Tartu_linnavalitsus, lk 15
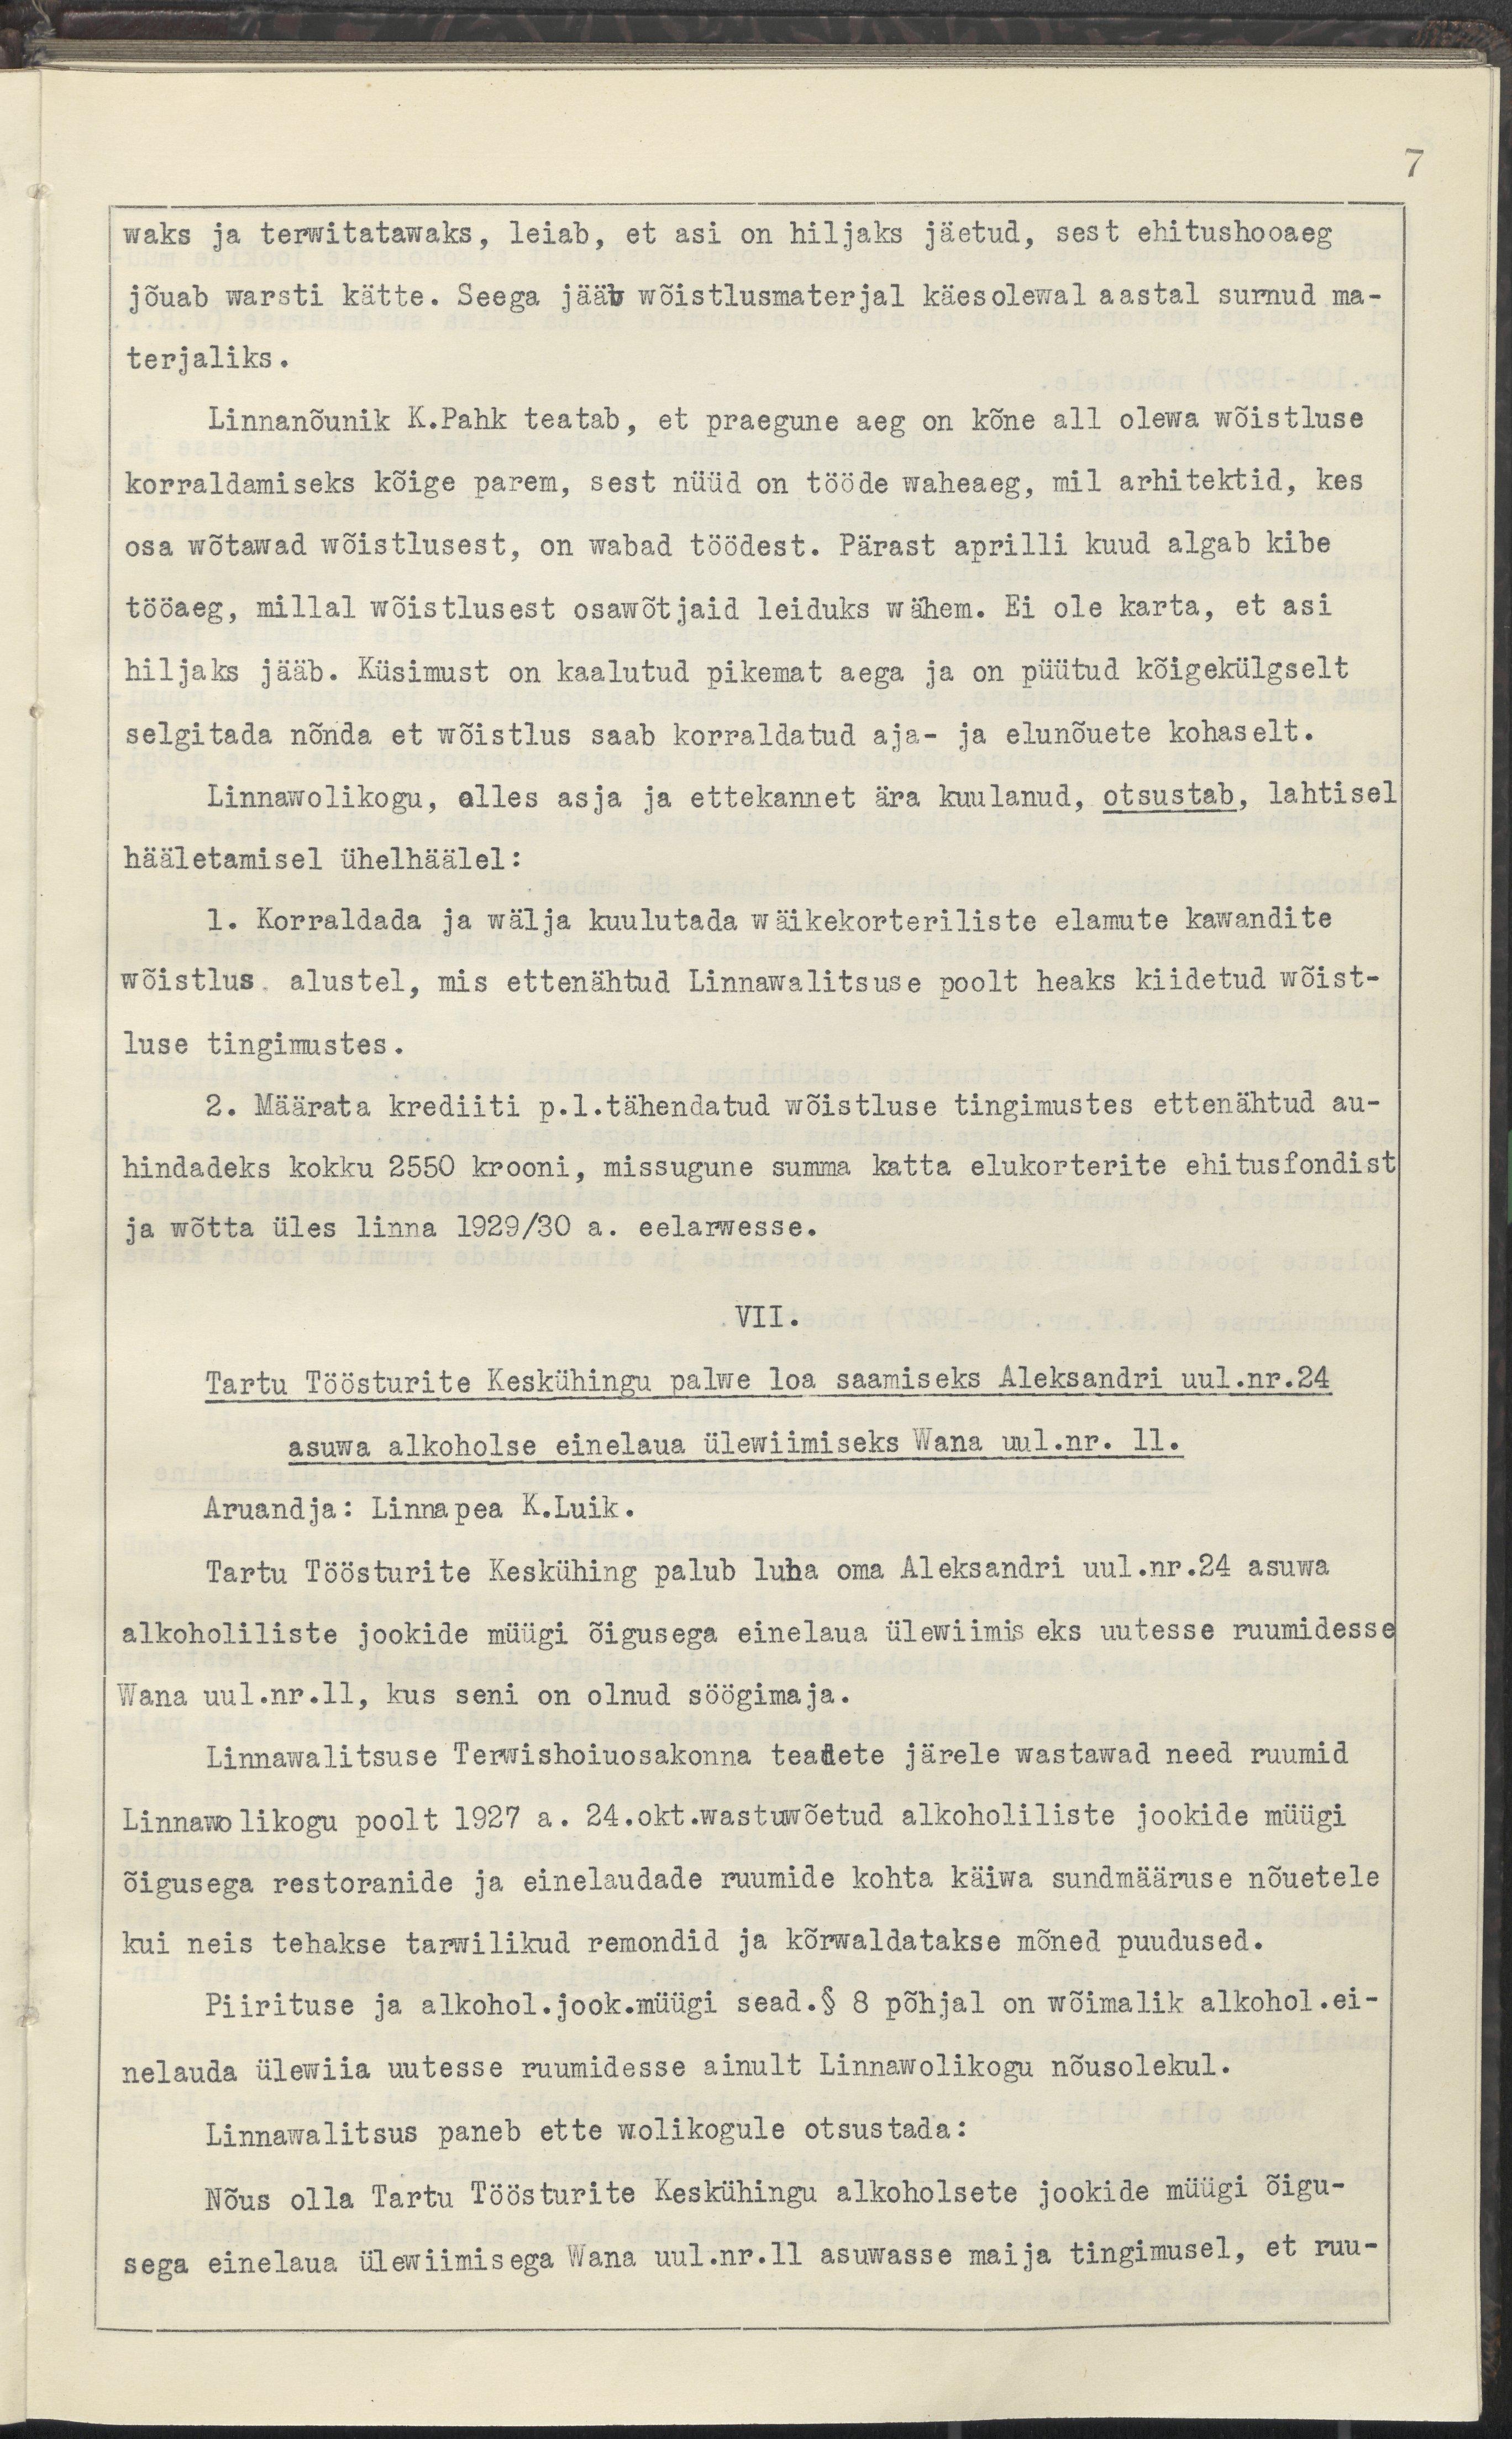
7
waks ja terwitatawaks, leiab, et asi on hiljaks jäetud, sest ehitushooaeg
jõuab warsti kätte. Seega jääb wõistlusmaterjal käesolewal aastal surnuud ma-
terjaliks.
Linnanõunik K.Pahk teatab, et praegune aeg on kõne all olewa wõistluse
korraldamiseks kõige parem, sest nüüd on tööde waheaeg, mil arhitektid, kes
osa wõtawad wõistlusest, on wabad töödest. Pärast aprilli kuud algab kibe
tööaeg, millal wõistlusest osawõtjaid leiduks wähem. Ei ole karta, et asi
hiljaks jääb. Küsimust on kaalutud pikemat aega ja on püütud kõigekülgselt
selgitada nõnda et wõistlus saab korraldatud aja- ja elunõuete kohaselt.
Linnawolikogu, olles asja ja ettekannet ära kuulanud, otsustab, lahtisel 
hääletamisel ühelhäälel:
1. Korraldada ja wälja kuulutada wäikekorteriliste elamute kawandite 
wõistlus alustel, mis ettenähtud Linnawalitsuse poolt heaks kiidetud wõist-
luse tingimustes
2. Määrata krediiti p.l.tähendatud wõistluse tingimustes ettenähtud au-
hindadeks kokku 2550 krooni, missugune summa katta elukorterite ehitusfondist 
ja wõtta üles linna 1929/30 a. eelarwesse.
VII.
Tartu Töösturite Keskühingu palwe loa saamiseks Aleksandri uul.nr.24
asuwa alkoholse einelaua ülewiimiseks Wana uul.nr. 11.
Aruandja: Linnapea K.Luik.
Tartu Töösturite Keskühing palub luba oma Aleksandri uul.nr.24 asuwa
alkoholiliste jookide müügi õigusega einelaua ülewiimis eks uutesse ruumidesse
Wana uul.nr.11, kus seni on olnud söögimaja.
Linnawalitsuse Terwishoiuosakonna teadete järele wastawad need ruumid
Linnawolikogu poolt 1927 a. 24.okt.wastuwõetud alkoholiliste jookide müügi
õigusega restoranide ja einelaudade ruumide kohta käiwa sundmääruse nõuetele
kui neis tehakse tarwilikud remondid ja kõrwaldatakse mõned puudused.
Piirituse ja alkohol.jook.müügi sead.§ 8 põhjal on wõimalik alkohol.ei-
nelauda ülewiia uutesse ruumidesse ainult Linnawolikogu nõusolekul.
Linnawalitsus paneb ette wolikogule otsustada:
Nõus olla Tartu Töösturite Keskühingu alkohoolsete jookide müügi õigu-
sega einelaua ülewiimisega Wana uul.nr.11 asuwasse maija tingimusel, et ruu-